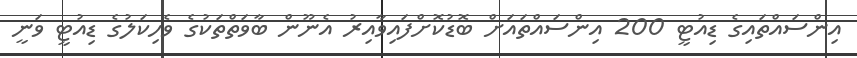
އިންސައްތައިގެ ޑިއުޓީ 200 އިންސައްތައަށް ބޮޑުކޮށްފައިވާއިރު އެނޫން ބާވަތްތަކުގެ ވެހިކަލުގެ ޑިއުޓީ ވަނީ